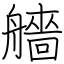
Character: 艢